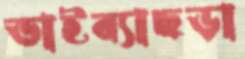
ভাইব্যাছড়া